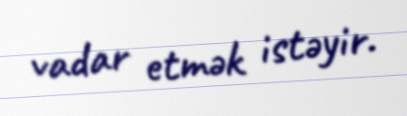
vadar etmək istəyir.